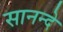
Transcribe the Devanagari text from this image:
सानन्दे